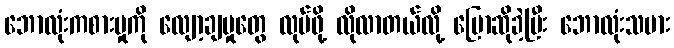
ဘောလုံးကစားမှုကို လျော့ချမှုတွေ လုပ်ဖို့ လိုလာတယ်လို့ ပြောဆိုခဲ့ပြီး ဘောလုံးသမား